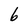
Character: 6